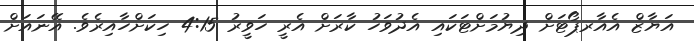
އަޔާޒް އެއާރޕޯޓަށް ދިޔުމަށްޓަކައި އެދުވަހު ކާރަށް އެރީ ހަވީރު 4:15 ހިކަށްހާއިރެވެ. އޭނައަށް